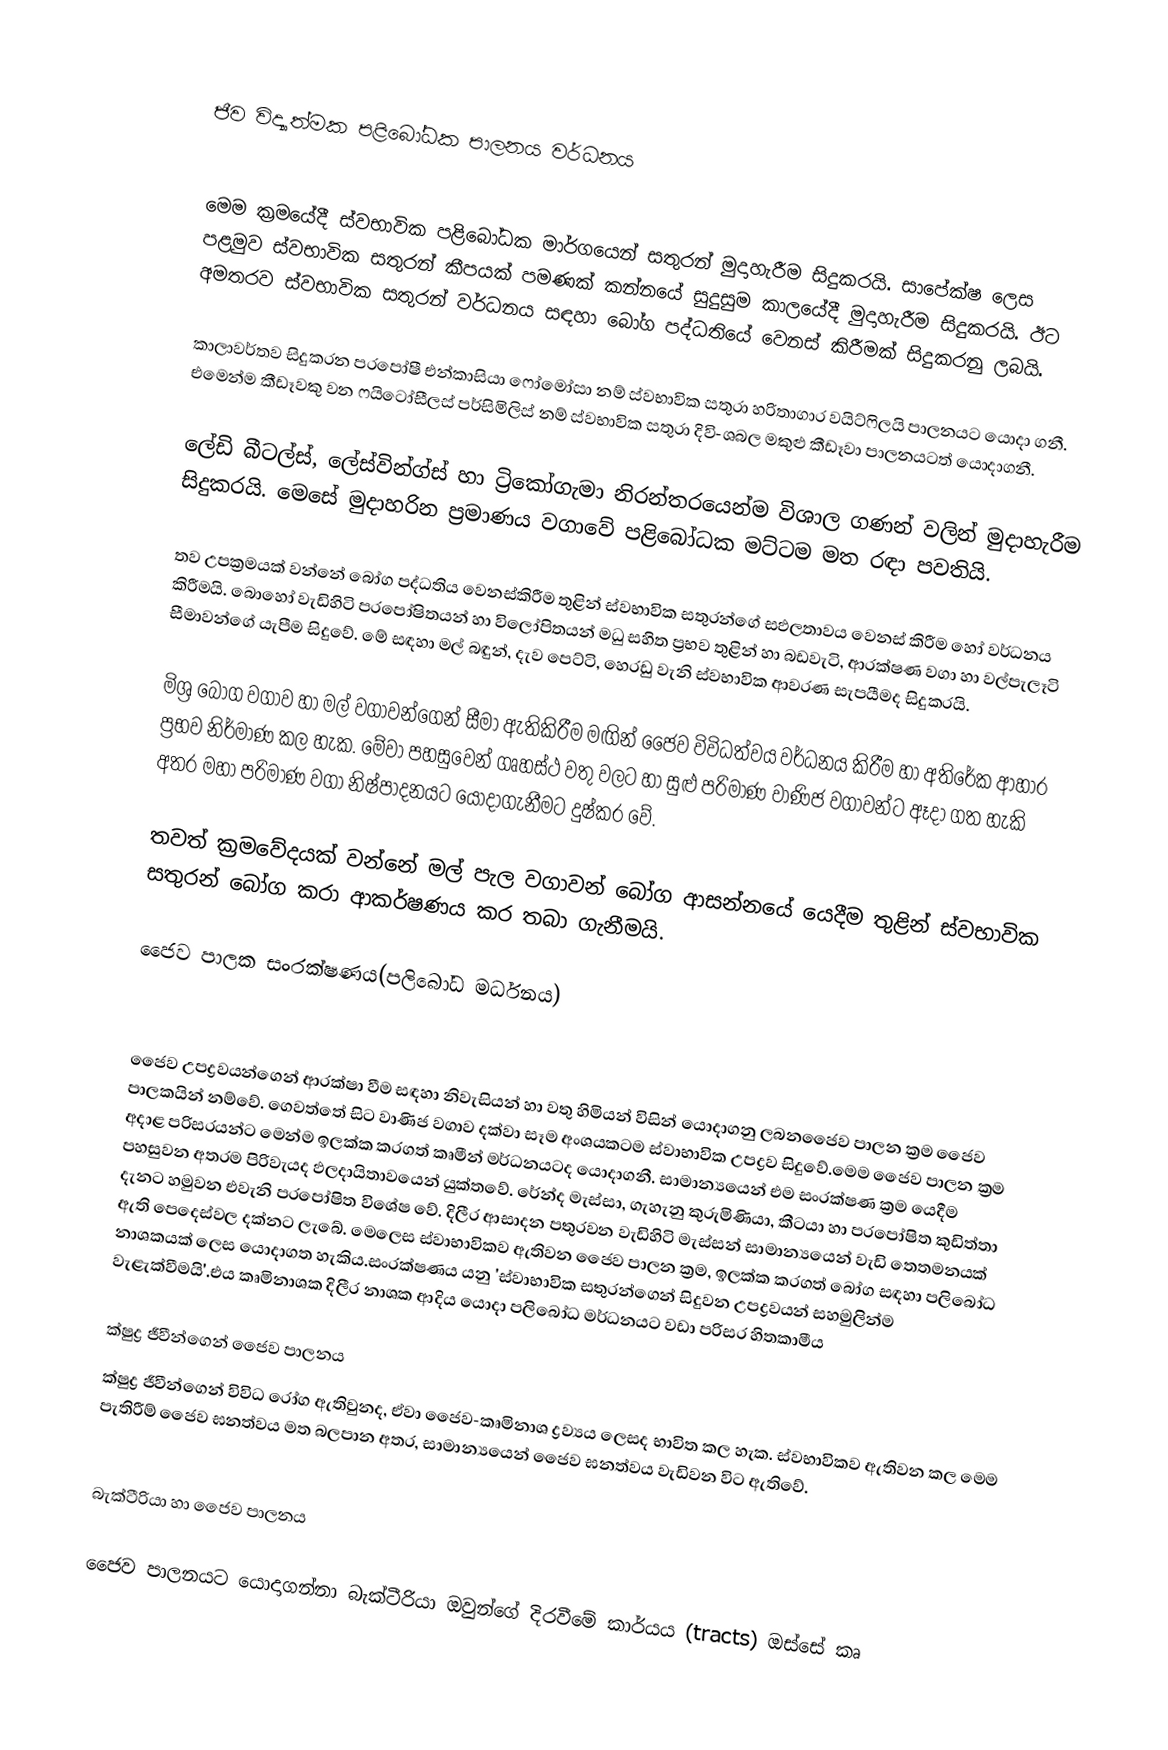

ජීව විද්‍යාත්මක පළිබෝධක පාලනය වර්ධනය

මෙම ක්‍රමයේදී ස්වභාවික පළිබෝධක මාර්ගයෙන් සතුරන් මුදාහැරීම සිදුකරයි. සාපේක්ෂ ලෙස පළමුව ස්වභාවික සතුරන් කීපයක් පමණක් කන්නයේ සුදුසුම කා‍ලයේදී මුදාහැරීම සිදුකරයි. ඊට අමතරව ස්වභාවික සතුරන් වර්ධනය සඳහා බෝග පද්ධතියේ වෙනස් කිරීමක් සිදුකරනු ලබයි.

කාලාවර්තව සිදුකරන පරපෝෂී එන්කාසියා ‍ෆෝමෝසා නම් ස්වභාවික සතුරා හරිතාගාර වයිට්ෆිලයි පාලනයට යොදා ගනී. එමෙන්ම කීඩෑවකු වන ෆයිටෝසීලස් පර්සිමිලිස් නම් ස්වභාවික සතුරා දිවි-ශබල මකුළු කීඩෑවා පාලනයටත් යොදාගනී.

ලේඩි බීටල්ස්, ලේස්වින්ග්ස් හා ට්‍රිකෝගැමා නිරන්තරයෙන්ම විශාල ගණන් වලින් මුදාහැරීම සිදුකරයි. මෙසේ මුදාහරින ප්‍රමාණය වගාවේ පළිබෝධක මට්ටම මත රඳා පවතියි.

තව උපක්‍රමයක් වන්නේ බෝග පද්ධතිය වෙනස්කිරීම තුළින් ස්වභාවික සතුරන්ගේ සඵලතාවය වෙනස් කිරීම හෝ වර්ධනය කිරීමයි. බොහෝ වැඩිහිටි පරපෝෂිතයන් හා විලෝපිතයන් මධු සහිත ප්‍රභව තුළින් හා බඩවැටි, ආරක්ෂණ වගා හා වල්පැලෑටි සීමාවන්ගේ යැපීම සිදුවේ. මේ සඳහා මල් බඳුන්, දැව පෙට්ටි, හෙරඩු වැනි ස්වභාවික ආවරණ සැපයීමද සිදුකරයි.

මිශ්‍ර බෝග වගාව හා මල් වගාවන්ගෙන් සීමා ඇතිකිරීම මඟින් ජෛව විවිධත්වය වර්ධනය කිරීම හා අතිරේක ආහාර ප්‍රභව නිර්මාණ කල හැක. මේවා පහසුවෙන් ගෘහස්ථ වතු වලට හා සුළු පරිමාණ වාණිජ වගාවන්ට ඈදා ගත හැකි අතර මහා පරිමාණ වගා නිෂ්පාදනයට යොදාගැනීමට දුෂ්කර වේ.

තවත් ක්‍රමවේදයක් වන්නේ මල් පැල වගාවන් බෝග ආසන්නයේ යෙදීම තුළින් ස්වභාවික සතුරන් බෝග කරා ආකර්ෂණය කර තබා ගැනීමයි.

ජෛව පාලක සංරක්ෂණය(පලිබෝධ මර්ධනය)

ජෛව උපද්‍රවයන්ගෙන් ආරක්ෂා වීම සඳහා නිවැසියන් හා වතු හිමියන් විසින් යොදාගනු ලබනජෛව පාලන ක්‍රම ජෛව පාලකයින් නම්වේ. ගෙවත්තේ සිට වාණිජ වගාව දක්වා සෑම අංශයකටම ස්වාභාවික උපද්‍රව සිදුවේ.මෙම ජෛව පාලන ක්‍රම අදාළ පරිසරයන්ට මෙන්ම ඉලක්ක කරගත් කෘමීන් මර්ධනයටද යොදාගනී. සාමාන්‍යයෙන් එම සංරක්ෂණ ක්‍රම යෙදීම පහසුවන අතරම පිරිවැයද ඵලදායිතාවයෙන් යුක්තවේ. රේන්ද මැස්සා, ගැහැනු කුරුමිණියා, කීටයා හා පරපෝෂිත කුඩිත්තා දැනට හමුවන එවැනි පරපෝෂිත විශේෂ වේ. දිලීර ආසාදන පතුරවන වැඩිහිටි මැස්සන් සාමාන්‍යයෙන් වැඩි තෙතමනයක් ඇති පෙදෙස්වල දක්නට ලැබේ. මෙලෙස ස්වාභාවිකව ඇතිවන ජෛව පාලන ක්‍රම, ඉලක්ක කරගත් බෝග සඳහා පලිබෝධ නාශකයක් ලෙස යොදාගත හැකිය.සංරක්ෂණය යනු 'ස්වාභාවික සතුරන්ගෙන් සිදුවන උපද්‍රවයන් සහමුලින්ම වැළැක්වීමයි'.එය කෘමිනාශක දිලීර නාශක ආදිය යොදා පලිබෝධ මර්ධනයට වඩා පරිසර හිතකාමීය

ක්ෂුද්‍ර ජීවීන්ගෙන් ජෛව පාලනය
ක්ෂුද්‍ර ජීවීන්ගෙන් විවිධ රෝග ඇතිවුනද, ඒවා ජෛව-කෘමිනාශ ද්‍රව්‍යය ලෙසද භාවිත කල හැක. ස්වභාවිකව ඇතිවන කල මෙම පැතිරීම් ජෛව ඝනත්වය මත බලපාන අතර, සාමාන්‍යයෙන් ජෛව ඝනත්වය වැඩිවන විට ඇතිවේ.

බැක්ටීරියා හා ජෛව පාලනය

ජෛව පාලනයට යොදාගන්නා බැක්ටීරියා ඔවුන්ගේ දිරවීමේ කාර්යය (tracts) ඔස්සේ කෘ